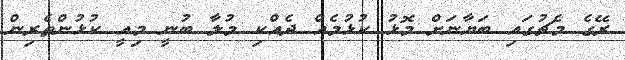
ރޭގެ މެޗުގައި ބަޔާނަަށް މޮޅު ކުޅުމެއް ދެއްކި މުލާ ބުނީ މިއީ ކުޅުންތެރިން